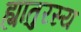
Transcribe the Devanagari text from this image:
ह्यातुरस्य